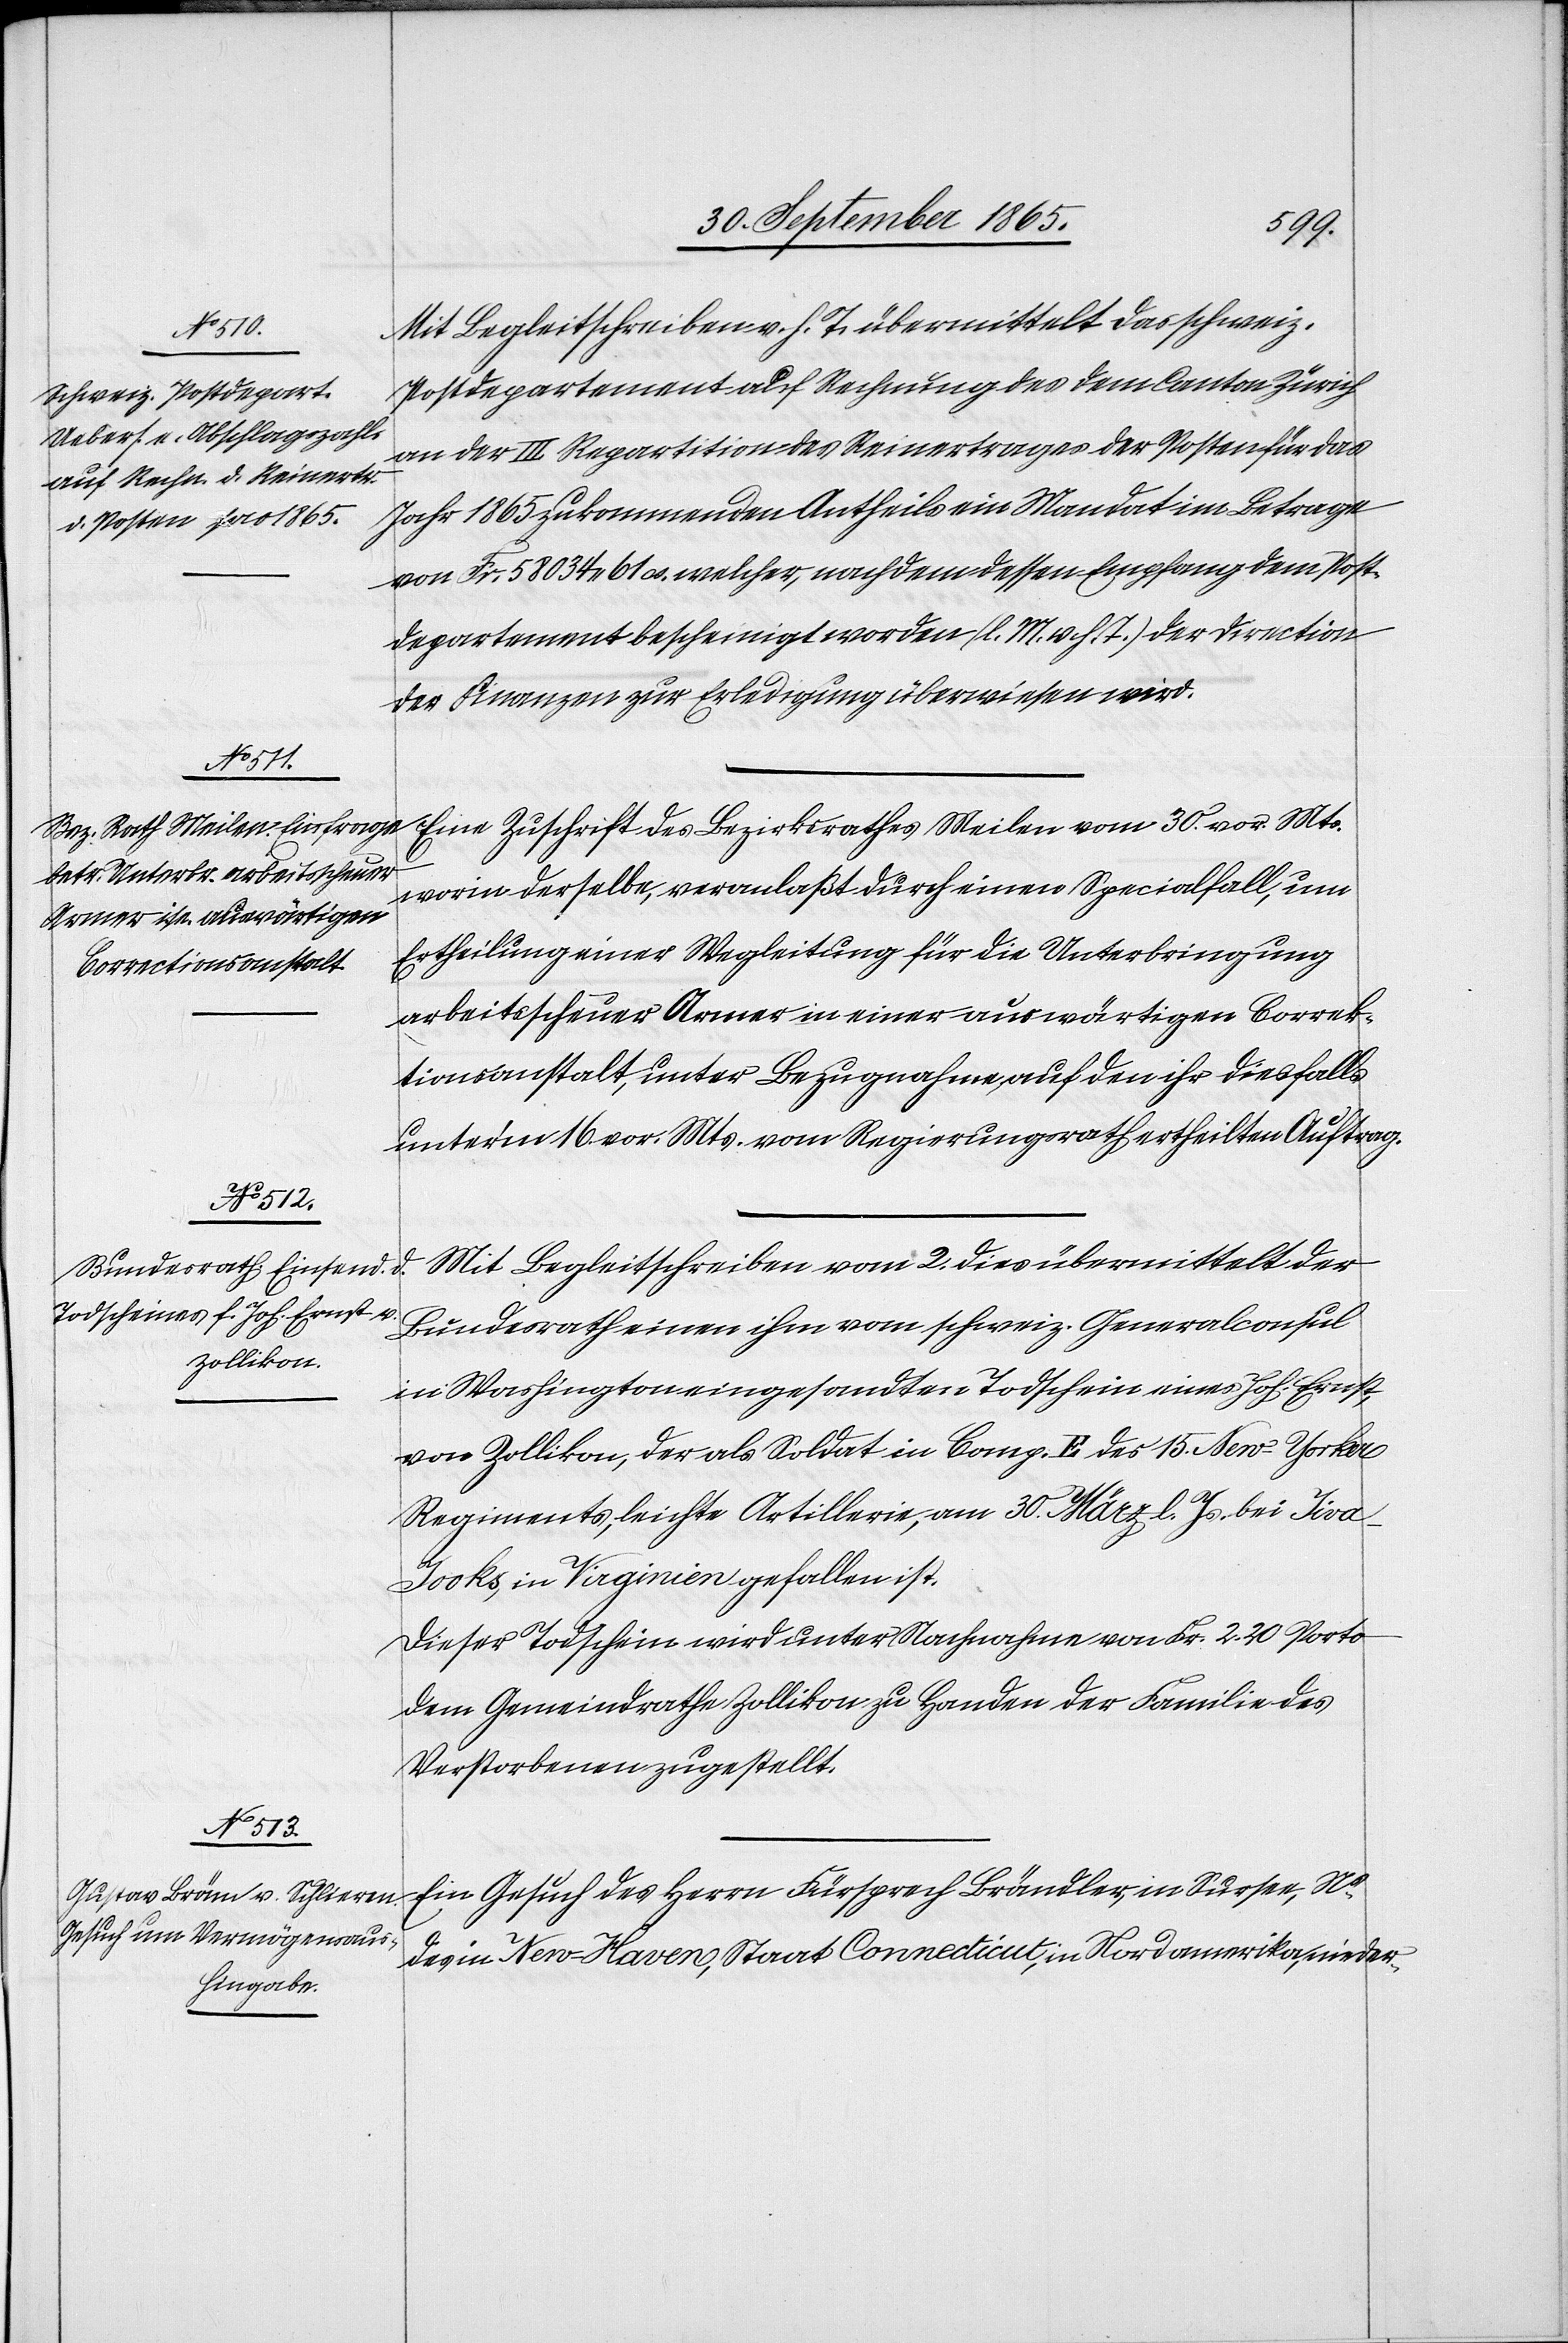
4.
Mit Begleitschreiben v. h. T. übermittelt das schweiz.
Postdepartement auf Rechnung des dem Canton Zürich
an der III. Repartition des Reinertrages der Posten für das
Jahr 1865 zukommenden Antheils ein Mandat im Betrage
von Fr. 58 034. 61 cs. welcher, nachdem dessen Empfang dem Post¬
departement bescheinigt worden (l. M. v. h. T.) der Direction
der Finanzen zur Erledigung überwiesen wird.
Eine Zuschrift des Bezirksrathes Meilen vom 30. vor. Mts.
worin derselbe, veranlaßt durch einen Specialflal, um
Ertheilung einer Wegleitung für die Unterbringung
arbeitsscheuer Armer in einer auswärtigen Correk¬
tionsanstalt, unter Bezugnahme, auf den ihr diesfalls
unter’m 16. vor. Mts. vom Regierungsrath ertheilten Auftrag.
Mit Begleitschreiben vom 2. dies übermittelt der
Bundesrath einen ihm vom schweiz. Generalconsul
in Washington eingesandten Todschein eines Joh. Ernst,
von Zollikon, der als Soldat in Comp. E des 15. New-Yorker
Regiments, leichte Artillerie, am 30. März l. Js. bei Jiv¬
a-Jooks, in Virginien gefallen ist.
Dieser Todschein wird unter Nachnahme von Fr. 2. 20 Poroto
dem Gemeindrathe Zollikon zu Handen der Familie des
Verstorbenen zugestellt.
Ein Gesuch des Herrn Fürsprech Brändler, in Sursee, Ns
des in New-Haven, Staat Connecticut, in Nordamerika, nieder-